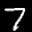
Label: 7